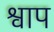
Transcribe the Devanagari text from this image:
श्वाप